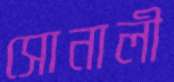
সোনালী